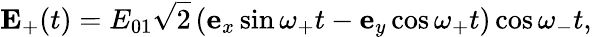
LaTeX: {\mathbf E}_{+}(t)={E}_{01}\sqrt{2}\, (\mathbf{e}_{x}\sin\omega_{+}t-\mathbf{e}_{y}\cos\omega_{+}t)\cos\omega_{-}t,